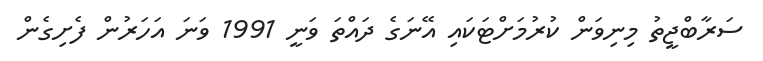
ސަރާބްޖީތު މިނިވަން ކުރުމަށްޓަކައި އޭނަގެ ދައްތަ ވަނީ 1991 ވަނަ އަހަރުން ފެށިގެން